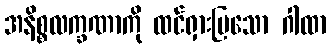
အနိစ္စလက္ခဏာကို ထင်ရှားပြသော ဂါထာ